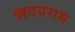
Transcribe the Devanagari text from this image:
ऋदयराम